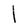
Character: l